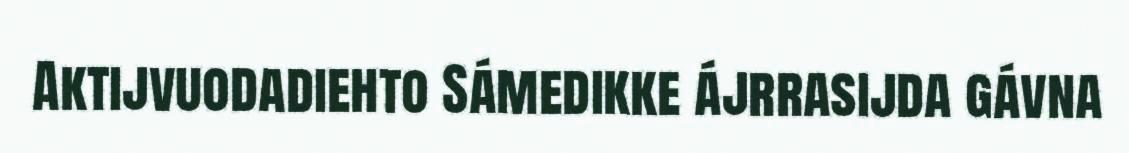
Aktijvuodadiehto Sámedikke ájrrasijda gávna